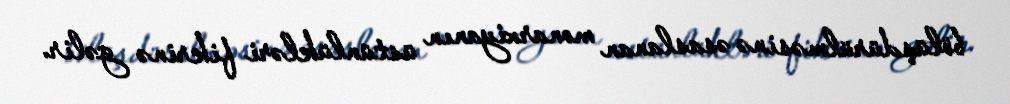
bölüşdürülməsinə əsaslanan monarxiyanın üstünlükləri fikrinə gəlir.